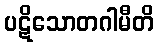
ပဋိသောတဂါမီတိ